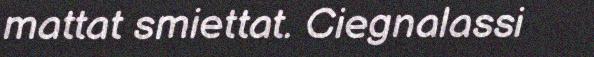
mattat smiettat. Ciegnalassi